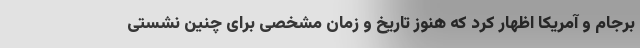
برجام و آمریکا اظهار کرد که هنوز تاریخ و زمان مشخصی برای چنین نشستی